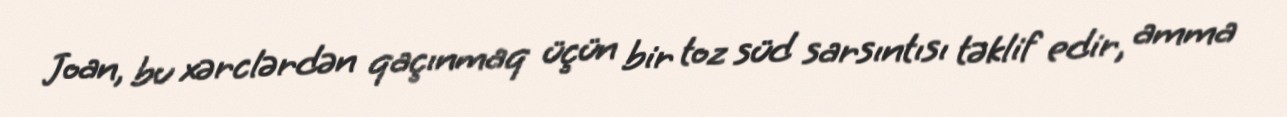
Joan, bu xərclərdən qaçınmaq üçün bir toz süd sarsıntısı təklif edir, amma